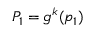
P _ { 1 } = g ^ { k } ( p _ { 1 } )